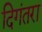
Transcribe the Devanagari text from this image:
दिगंतरा